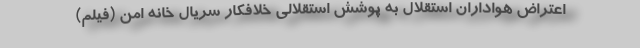
اعتراض هواداران استقلال به پوشش استقلالی خلافکار سریال خانه امن (فیلم)